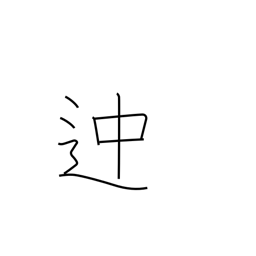
Meaning: some way or other